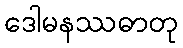
ဒေါမနဿဓာတု